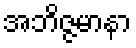
အဘိဇ္ဇမာနာ